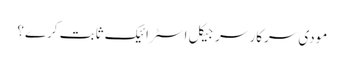
مودی سرکار سرجیکل اسٹرائیک ثابت کرے؟